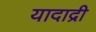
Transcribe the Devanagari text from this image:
यादाद्री